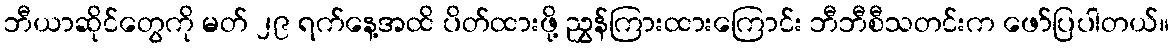
ဘီယာဆိုင်တွေကို မတ် ၂၉ ရက်နေ့အထိ ပိတ်ထားဖို့ ညွှန်ကြားထားကြောင်း ဘီဘီစီသတင်းက ဖော်ပြပါတယ်။